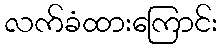
လက်ခံထားကြောင်း